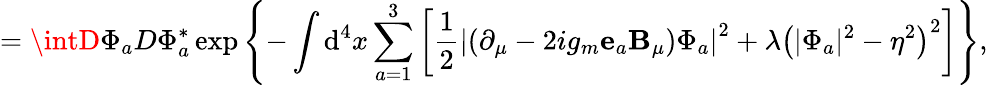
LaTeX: =\intD\Phi_{a}D\Phi_{a}^{*}\exp\left\{ -\int\mathrm{d}^{4}x\sum_{a=1}^{3}\left[\frac{1}{2}\left|\left(\partial_{\mu}-2ig_{m}{\mathbf{e}}_{a}{\mathbf{B}}_{\mu}\right)\Phi_{a}\right|^{2}+\lambda\left(|\Phi_{a}|^{2}-\eta^{2}\right)^{2}\right]\right\} ,